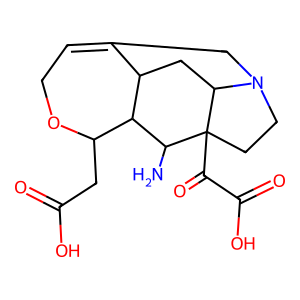
SMILES: NC1C2C(CC(=O)O)OCC=C3CN4CCC1(C(=O)C(=O)O)C4CC32
Inhibits HIV replication: No